Source: Computer-generated
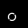
Digit: ၀ (0)